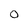
Character: 0